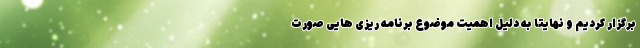
برگزار کردیم و نهایتاً به دلیل اهمیت موضوع برنامه ریزی هایی صورت